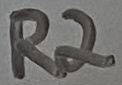
Text: R2